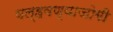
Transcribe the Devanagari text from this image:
वल्हवण्याजोगी